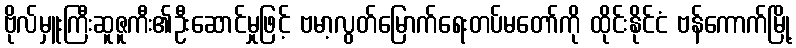
ဗိုလ်မှူးကြီးဆူဇူကီး၏ဦးဆောင်မှုဖြင့် ဗမာ့လွတ်မြောက်ရေးတပ်မတော်ကို ထိုင်းနိုင်ငံ ဗန်ကောက်မြို့